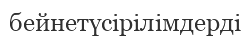
бейнетүсірілімдерді